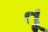
તૂ